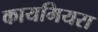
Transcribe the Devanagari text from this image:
कायमियरा